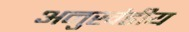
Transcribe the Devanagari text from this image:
अनुखंडीय